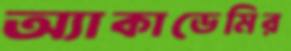
অ্যাকাডেমির